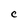
Character: C